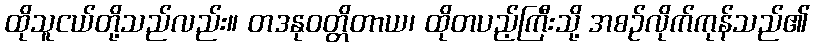
ထိုသူငယ်တို့သည်လည်း။ တဒနုဝတ္တိတာယ၊ ထိုတပည့်ကြီးသို့ အစဉ်လိုက်ကုန်သည်၏